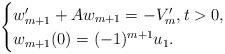
LaTeX: \begin{align*}\begin{cases}w_{m+1}'+Aw_{m+1}=-V_{m}', t>0,\\w_{m+1}(0)=(-1)^{m+1}u_1.\end{cases}\end{align*}